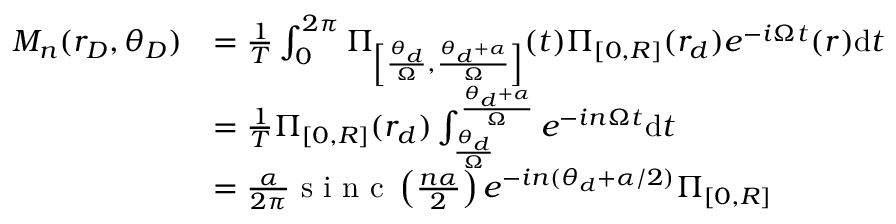
\begin{array} { r l } { M _ { n } ( r _ { D } , \theta _ { D } ) } & { = \frac { 1 } { T } \int _ { 0 } ^ { 2 \pi } \Pi _ { \left[ \frac { \theta _ { d } } { \Omega } , \frac { \theta _ { d } + \alpha } { \Omega } \right] } ( t ) \Pi _ { [ 0 , R ] } ( r _ { d } ) e ^ { - i \Omega t } ( r ) \mathrm { d } t } \\ & { = \frac { 1 } { T } \Pi _ { [ 0 , R ] } ( r _ { d } ) \int _ { \frac { \theta _ { d } } { \Omega } } ^ { \frac { \theta _ { d } + \alpha } { \Omega } } e ^ { - i n \Omega t } \mathrm { d } t } \\ & { = \frac { \alpha } { 2 \pi } \textrm { s i n c } \left( \frac { n \alpha } { 2 } \right) e ^ { - i n ( \theta _ { d } + \alpha / 2 ) } \Pi _ { [ 0 , R ] } } \end{array}